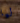
ليا